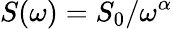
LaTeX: S(\mathit{\omega})=S_{0}/\mathit{\omega}^{\alpha}